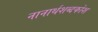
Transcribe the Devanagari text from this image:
नानार्थशब्दकोश